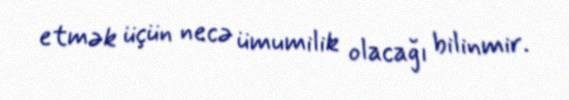
etmək üçün necə ümumilik olacağı bilinmir.